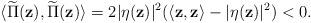
LaTeX: \begin{align*} \langle \widetilde{\Pi}(\mathbf{z}),\widetilde{\Pi}(\mathbf{z})\rangle =2\lvert \eta(\mathbf{z}) \rvert ^2(\langle\mathbf{z},\mathbf{z}\rangle-\lvert \eta(\mathbf{z}) \rvert ^2) <0.\end{align*}